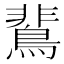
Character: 𪂏